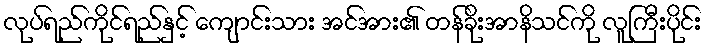
လုပ်ရည်ကိုင်ရည်နှင့် ကျောင်းသား အင်အား၏ တန်ခိုးအာနိသင်ကို လူကြီးပိုင်း